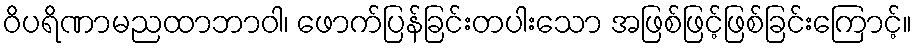
ဝိပရိဏာမညထာဘာဝါ၊ ဖောက်ပြန်ခြင်းတပါးသော အဖြစ်ဖြင့်ဖြစ်ခြင်းကြောင့်။